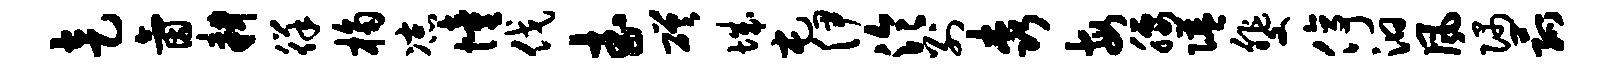
走氤耕徉桷凉憧伐武磋城屯伊泠别森每腰隘斐停汩风隅菰